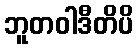
ဘူတဝါဒီတိပိ